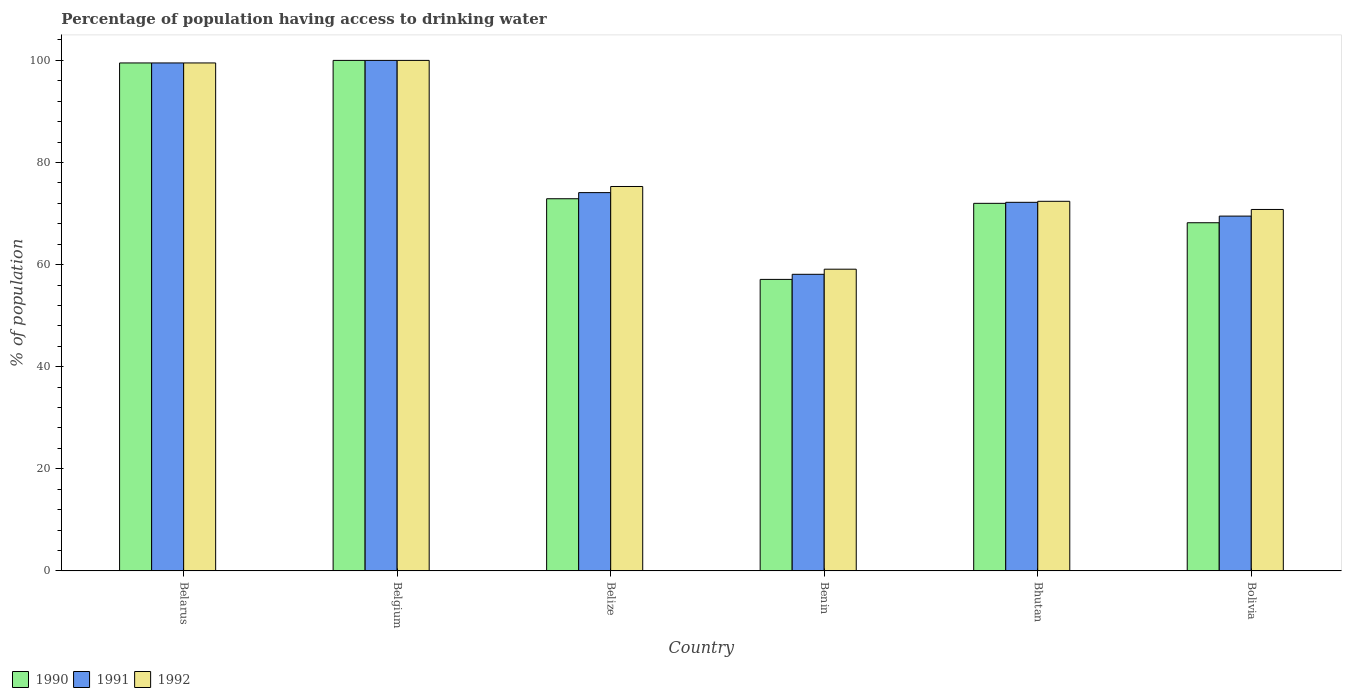
| Country | 1990 | 1991 | 1992 |
 | --- | --- | --- | --- |
 | Belarus | 99.5 | 99.5 | 99.5 |
 | Belgium | 100 | 100 | 100 |
 | Belize | 72.9 | 74.1 | 75.3 |
 | Benin | 57.1 | 58.1 | 59.1 |
 | Bhutan | 72 | 72.2 | 72.4 |
 | Bolivia | 68.2 | 69.5 | 70.8 |